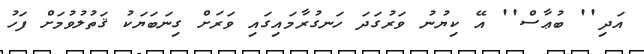
އަދި'' ބުޢާސް'' އޭ ކިޔުނު ވަރުގަދަ ހަނގުރާމައިގައި ވަރަށް ގިނަބަޔަކު ޤަތުލުވުމަށް ފަހު